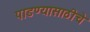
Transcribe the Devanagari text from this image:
पाडण्यासाठीचे